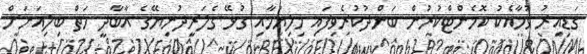
ގަޑިއިރު ވުމާއެކު ކޮމެންޓްކުރުން ބަންދުކުރެވިފައި މިލިޔުމާއި ގުޅޭ ގެލަރީދުނިޔޭގެ އާބާދީ ހަތް ބިލިއަނަށް